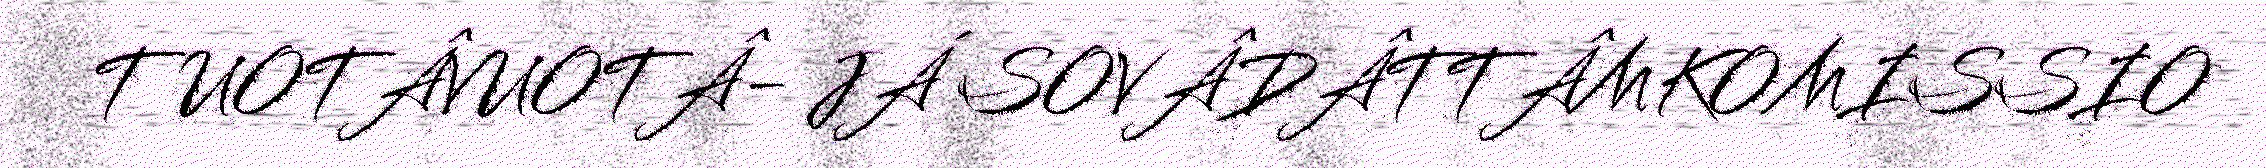
TUOTÂVUOTÂ- JÁ SOVÂDÂTTÂMKOMISSIO